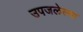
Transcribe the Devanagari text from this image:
उपजलेल्या